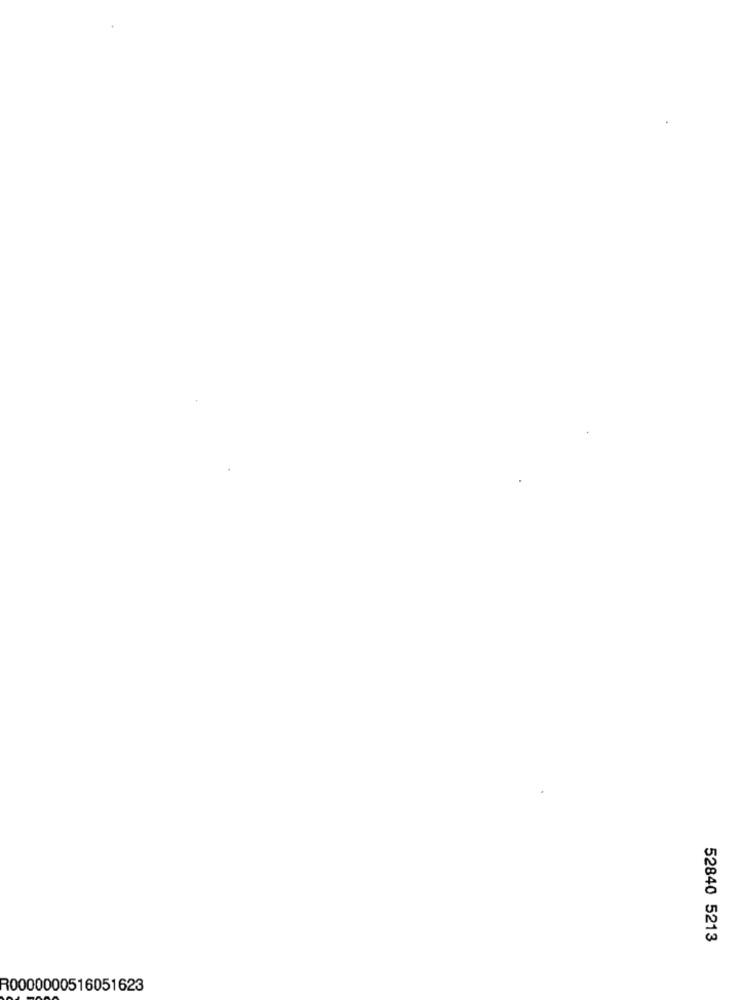
52840 5213
R0000000516051623